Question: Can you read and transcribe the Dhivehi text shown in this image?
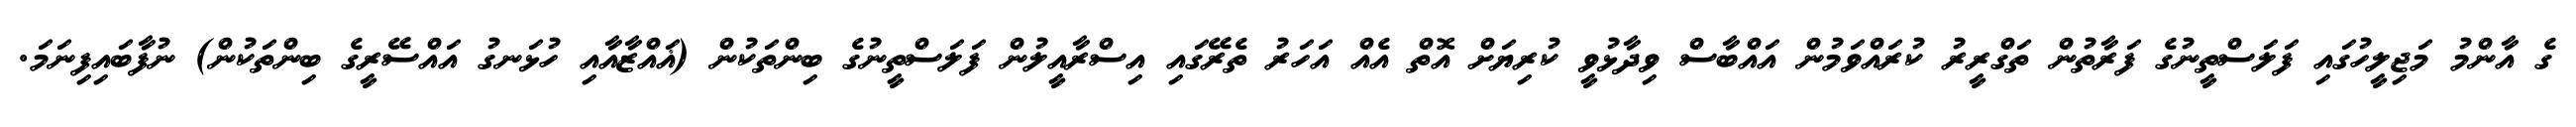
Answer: ގެ އާންމު މަޖިލީހުގައި ފަލަސްތީނުގެ ފަރާތުން ތަގްރީރު ކުރައްވަމުން އައްބާސް ވިދާޅުވީ ކުރިޔަށް އޮތް އެއް އަހަރު ތެރޭގައި އިސްރާއީލުން ފަލަސްތީނުގެ ބިންތަކުން (ޣައްޒާއާއި ހުޅަނގު އައްސޭރީގެ ބިންތަކުން) ނުފާބައިފިނަމަ.